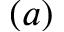
( a )